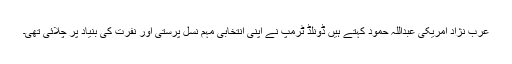
عرب نژاد امریکی عبداللہ حمود کہتے ہیں ڈونلڈ ٹرمپ نے اپنی انتخابی مہم نسل پرستی اور نفرت کی بنیاد پر چلائی تھی۔